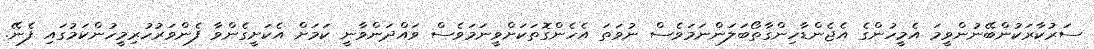
ސަރުކާރަކުންބޭނުންވީމަ އެމީހުންގެ އެޖެންޑާހިންގާތޯބަލަންނަމަވެސް ނުވަތަ އެހެންގޮތަކަށްވީނަމަވެސް ވައްދަންވާނީ ކަމަށް އެކަށީގެންވާ ފެންވަރުހުރިމީހުންކަމުގައި ފެނޭ.